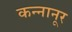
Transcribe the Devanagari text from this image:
कन्नानूर